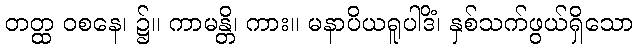
တတ္ထ ဝစနေ၊ ၌။ ကာမန္တိ၊ ကား။ မနာပိယရူပါဒိံ၊ နှစ်သက်ဖွယ်ရှိသော